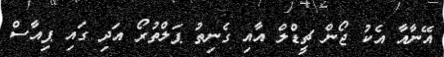
އޭނާއާ އެކު ޖޯން ޗީޑްލް އާއި ގެނިތު ޕަލްތުރޯ އަދި ގައި ޕިއާސް